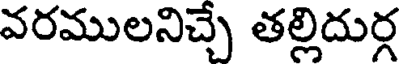
వరములనిచ్చే తల్లిదుర్గ